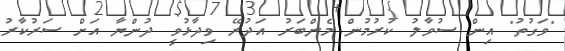
"ވަގުތު" އިން ސުވާލު ކުރުމުން މެންބަރު އަދުރޭ ވިދާޅުވީ ދުންޔާ އަށް ސަރުކާރު